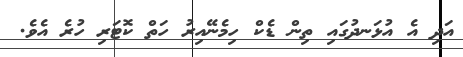
އަދި އެ އުޅަނދުގައި ތިން ޑެކް ހިމެނޭއިރު ހަތް ކޮޓަރި ހުރެ އެވެ.